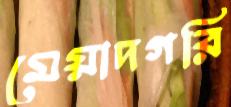
মেয়াদগরি